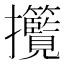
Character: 𢺮